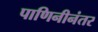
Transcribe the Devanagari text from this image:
पाणिनीनंतर